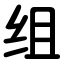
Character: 组